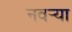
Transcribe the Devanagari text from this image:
नवर्‍या